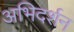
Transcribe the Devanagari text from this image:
अभिदर्शन